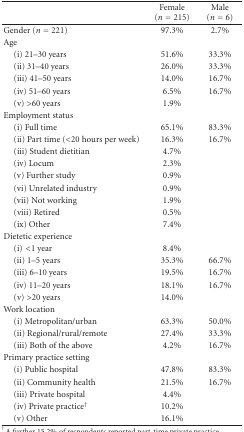
<table><thead><tr><td></td><td><b>Female (<i>n</i> = 215)</b></td><td><b>Male (<i>n</i> = 6)</b></td></tr></thead><tbody><tr><td>Gender (<i>n</i> = 221)</td><td>97.3%</td><td>2.7%</td></tr><tr><td>Age</td><td></td><td></td></tr><tr><td> (i) 21–30 years</td><td>51.6%</td><td>33.3%</td></tr><tr><td> (ii) 31–40 years</td><td>26.0%</td><td>33.3%</td></tr><tr><td> (iii) 41–50 years</td><td>14.0%</td><td>16.7%</td></tr><tr><td> (iv) 51–60 years</td><td>6.5%</td><td>16.7%</td></tr><tr><td> (v) &gt;60 years</td><td>1.9%</td><td></td></tr><tr><td>Employment status</td><td></td><td></td></tr><tr><td> (i) Full time</td><td>65.1%</td><td>83.3%</td></tr><tr><td> (ii) Part time (&lt;20 hours per week)</td><td>16.3%</td><td>16.7%</td></tr><tr><td> (iii) Student dietitian</td><td>4.7%</td><td></td></tr><tr><td> (iv) Locum</td><td>2.3%</td><td></td></tr><tr><td> (v) Further study</td><td>0.9%</td><td></td></tr><tr><td> (vi) Unrelated industry</td><td>0.9%</td><td></td></tr><tr><td> (vii) Not working</td><td>1.9%</td><td></td></tr><tr><td> (viii) Retired</td><td>0.5%</td><td></td></tr><tr><td> (ix) Other</td><td>7.4%</td><td></td></tr><tr><td>Dietetic experience</td><td></td><td></td></tr><tr><td> (i)&lt;1 year</td><td>8.4%</td><td></td></tr><tr><td> (ii) 1–5 years</td><td>35.3%</td><td>66.7%</td></tr><tr><td> (iii) 6–10 years</td><td>19.5%</td><td>16.7%</td></tr><tr><td> (iv) 11–20 years</td><td>18.1%</td><td>16.7%</td></tr><tr><td> (v) &gt;20 years</td><td>14.0%</td><td></td></tr><tr><td>Work location</td><td></td><td></td></tr><tr><td> (i) Metropolitan/urban</td><td>63.3%</td><td>50.0%</td></tr><tr><td> (ii) Regional/rural/remote</td><td>27.4%</td><td>33.3%</td></tr><tr><td> (iii) Both of the above</td><td>4.2%</td><td>16.7%</td></tr><tr><td>Primary practice setting</td><td></td><td></td></tr><tr><td> (i) Public hospital</td><td>47.8%</td><td>83.3%</td></tr><tr><td> (ii) Community health</td><td>21.5%</td><td>16.7%</td></tr><tr><td> (iii) Private hospital</td><td>4.4%</td><td></td></tr><tr><td> (iv) Private practice<sup>†</sup></td><td>10.2%</td><td></td></tr><tr><td> (v) Other</td><td>16.1%</td><td></td></tr></tbody></table>